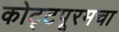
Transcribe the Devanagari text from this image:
कोट्टपूरमचा